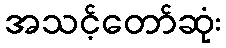
အသင့်တော်ဆုံး